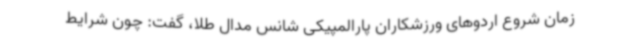
زمان شروع اردوهای ورزشکاران پارالمپیکی شانس مدال طلا، گفت: چون شرایط